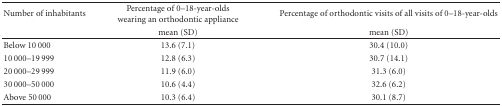
| Number of inhabitants | Percentage of 0–18-year-olds wearing an orthodontic appliance | Percentage of orthodontic visits of all visits of 0–18-year-olds |
 |  | mean (SD) | mean (SD) |
 | --- | --- | --- |
 | Below 10 000 | 13.6 (7.1) | 30.4 (10.0) |
 | 10 000–19 999 | 12.8 (6.3) | 30.7 (14.1) |
 | 20 000–29 999 | 11.9 (6.0) | 31.3 (6.0) |
 | 30 000–50 000 | 10.6 (4.4) | 32.6 (6.2) |
 | Above 50 000 | 10.3 (6.4) | 30.1 (8.7) |